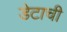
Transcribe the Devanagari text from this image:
डेटाची